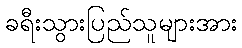
ခရီးသွားပြည်သူများအား